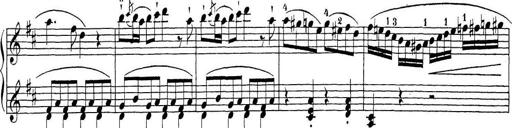
Title: Sonatina Album
Composer: Louis KÃ¶hler